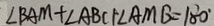
\angle B A M + \angle A B C + \angle A M G = 1 8 0 ^ { \circ }